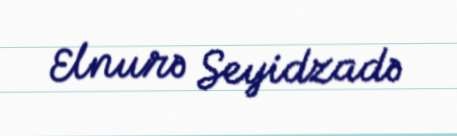
Elnurə Seyidzadə